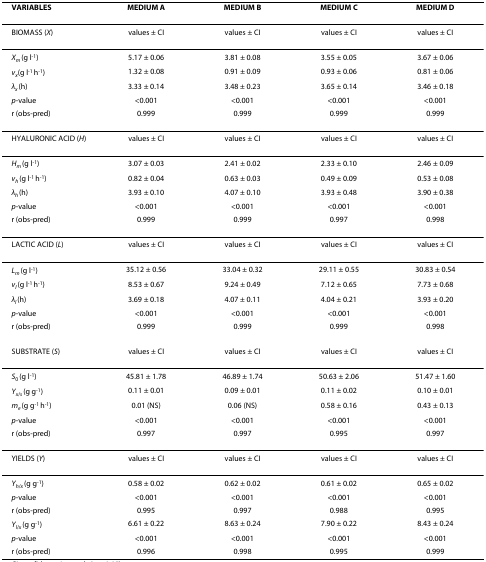
<table><thead><tr><td><b>VARIABLES</b></td><td><b>MEDIUM A</b></td><td><b>MEDIUM B</b></td><td><b>MEDIUM C</b></td><td><b>MEDIUM D</b></td></tr></thead><tbody><tr><td>BIOMASS (<i>X</i>)</td><td>values ± CI</td><td>values ± CI</td><td>values ± CI</td><td>values ± CI</td></tr><tr><td><i>X</i><sub><i>m </i></sub>(g l<sup>-1</sup>)</td><td>5.17 ± 0.06</td><td>3.81 ± 0.08</td><td>3.55 ± 0.05</td><td>3.67 ± 0.06</td></tr><tr><td><i>v</i><sub><i>x</i></sub>(g l<sup>-1 </sup>h<sup>-1</sup>)</td><td>1.32 ± 0.08</td><td>0.91 ± 0.09</td><td>0.93 ± 0.06</td><td>0.81 ± 0.06</td></tr><tr><td><i>λ</i><sub><i>x </i></sub>(h)</td><td>3.33 ± 0.14</td><td>3.48 ± 0.23</td><td>3.65 ± 0.14</td><td>3.46 ± 0.18</td></tr><tr><td><i>p</i>-value</td><td>&lt;0.001</td><td>&lt;0.001</td><td>&lt;0.001</td><td>&lt;0.001</td></tr><tr><td>r (obs-pred)</td><td>0.999</td><td>0.999</td><td>0.999</td><td>0.999</td></tr><tr><td>HYALURONIC ACID (<i>H</i>)</td><td>values ± CI</td><td>values ± CI</td><td>values ± CI</td><td>values ± CI</td></tr><tr><td><i>H</i><sub><i>m </i></sub>(g l<sup>-1</sup>)</td><td>3.07 ± 0.03</td><td>2.41 ± 0.02</td><td>2.33 ± 0.10</td><td>2.46 ± 0.09</td></tr><tr><td><i>v</i><sub><i>h </i></sub>(g l<sup>-1 </sup>h<sup>-1</sup>)</td><td>0.82 ± 0.04</td><td>0.63 ± 0.03</td><td>0.49 ± 0.09</td><td>0.53 ± 0.08</td></tr><tr><td><i>λ</i><sub><i>h </i></sub>(h)</td><td>3.93 ± 0.10</td><td>4.07 ± 0.10</td><td>3.93 ± 0.48</td><td>3.90 ± 0.38</td></tr><tr><td><i>p</i>-value</td><td>&lt;0.001</td><td>&lt;0.001</td><td>&lt;0.001</td><td>&lt;0.001</td></tr><tr><td>r (obs-pred)</td><td>0.999</td><td>0.999</td><td>0.997</td><td>0.998</td></tr><tr><td>LACTIC ACID (<i>L</i>)</td><td>values ± CI</td><td>values ± CI</td><td>values ± CI</td><td>values ± CI</td></tr><tr><td><i>L</i><sub><i>m </i></sub>(g l<sup>-1</sup>)</td><td>35.12 ± 0.56</td><td>33.04 ± 0.32</td><td>29.11 ± 0.55</td><td>30.83 ± 0.54</td></tr><tr><td><i>v</i><sub><i>l </i></sub>(g l<sup>-1 </sup>h<sup>-1</sup>)</td><td>8.53 ± 0.67</td><td>9.24 ± 0.49</td><td>7.12 ± 0.65</td><td>7.73 ± 0.68</td></tr><tr><td><i>λ</i><sub><i>l </i></sub>(h)</td><td>3.69 ± 0.18</td><td>4.07 ± 0.11</td><td>4.04 ± 0.21</td><td>3.93 ± 0.20</td></tr><tr><td><i>p</i>-value</td><td>&lt;0.001</td><td>&lt;0.001</td><td>&lt;0.001</td><td>&lt;0.001</td></tr><tr><td>r (obs-pred)</td><td>0.999</td><td>0.999</td><td>0.999</td><td>0.998</td></tr><tr><td>SUBSTRATE (<i>S</i>)</td><td>values ± CI</td><td>values ± CI</td><td>values ± CI</td><td>values ± CI</td></tr><tr><td><i>S</i><sub>0 </sub>(g l<sup>-1</sup>)</td><td>45.81 ± 1.78</td><td>46.89 ± 1.74</td><td>50.63 ± 2.06</td><td>51.47 ± 1.60</td></tr><tr><td><i>Y</i><sub><i>x</i>/<i>s </i></sub>(g g<sup>-1</sup>)</td><td>0.11 ± 0.01</td><td>0.09 ± 0.01</td><td>0.11 ± 0.02</td><td>0.10 ± 0.01</td></tr><tr><td><i>m</i><sub><i>e </i></sub>(g g<sup>-1 </sup>h<sup>-1</sup>)</td><td>0.01 (NS)</td><td>0.06 (NS)</td><td>0.58 ± 0.16</td><td>0.43 ± 0.13</td></tr><tr><td><i>p</i>-value</td><td>&lt;0.001</td><td>&lt;0.001</td><td>&lt;0.001</td><td>&lt;0.001</td></tr><tr><td>r (obs-pred)</td><td>0.997</td><td>0.997</td><td>0.995</td><td>0.997</td></tr><tr><td>YIELDS (<i>Y</i>)</td><td>values ± CI</td><td>values ± CI</td><td>values ± CI</td><td>values ± CI</td></tr><tr><td><i>Y</i><sub><i>h</i>/<i>x </i></sub>(g g<sup>-1</sup>)</td><td>0.58 ± 0.02</td><td>0.62 ± 0.02</td><td>0.61 ± 0.02</td><td>0.65 ± 0.02</td></tr><tr><td><i>p</i>-value</td><td>&lt;0.001</td><td>&lt;0.001</td><td>&lt;0.001</td><td>&lt;0.001</td></tr><tr><td>r (obs-pred)</td><td>0.995</td><td>0.997</td><td>0.988</td><td>0.995</td></tr><tr><td><i>Y</i><sub><i>l</i>/<i>x </i></sub>(g g<sup>-1</sup>)</td><td>6.61 ± 0.22</td><td>8.63 ± 0.24</td><td>7.90 ± 0.22</td><td>8.43 ± 0.24</td></tr><tr><td><i>p</i>-value</td><td>&lt;0.001</td><td>&lt;0.001</td><td>&lt;0.001</td><td>&lt;0.001</td></tr><tr><td>r (obs-pred)</td><td>0.996</td><td>0.998</td><td>0.995</td><td>0.999</td></tr></tbody></table>